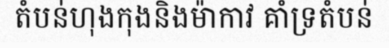
តំបន់ហុងកុងនិងម៉ាកាវ គាំទ្រតំបន់